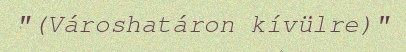
"(Városhatáron kívülre)"